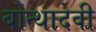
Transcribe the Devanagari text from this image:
बोन्थादेवी